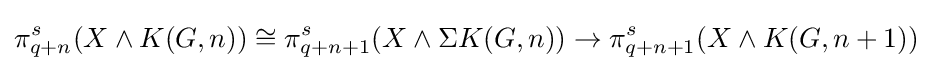
\pi _{q+n}^{s}(X\wedge K(G,n))\cong \pi _{q+n+1}^{s}(X\wedge \Sigma K(G,n))\to \pi _{q+n+1}^{s}(X\wedge K(G,n+1))